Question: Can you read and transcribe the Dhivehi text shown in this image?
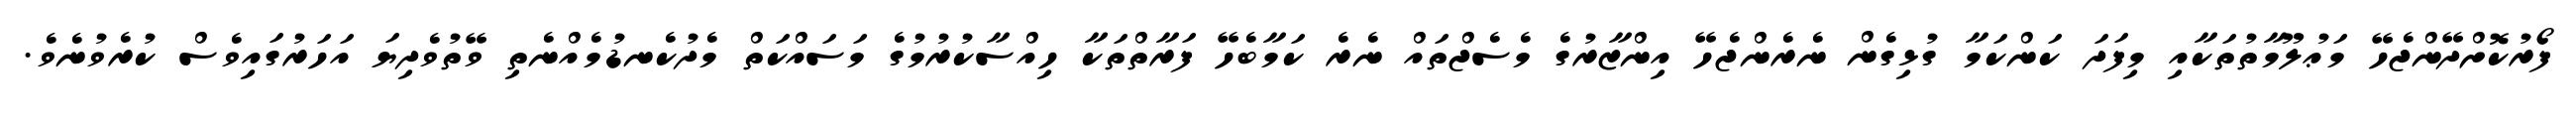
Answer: ފޯރުކޮށްދޭންޖެހޭ މަޢުލޫމާތުތަކާއި މިފަދަ ކަންކަމާ ގުޅިގެން ނެރެންޖެހޭ އިންޒާރުގެ މެސެޖްތައް ނެރެ ކަމާބެހޭ ފަރާތްތަކާ ހިއްސާކުރުމުގެ މަސައްކަތް މެދުކެނޑުމެއްނެތި ވޭތުވެދިޔަ އަހަރުގައިވެސް ކުރެވުނެވެ.